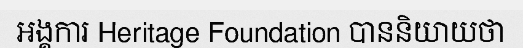
អង្គការ Heritage Foundation បាននិយាយថា